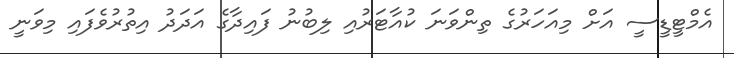
އެމްޓީޑީސީ އަށް މިއަހަރުގެ ތިންވަނަ ކުއާޓަރުއި ލިބުނު ފައިދާގެ އަދަދު އިތުރުވެފައި މިވަނީ